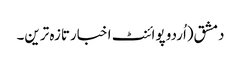
دمشق(اُردو پوائنٹ اخبارتازہ ترین۔